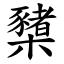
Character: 櫫